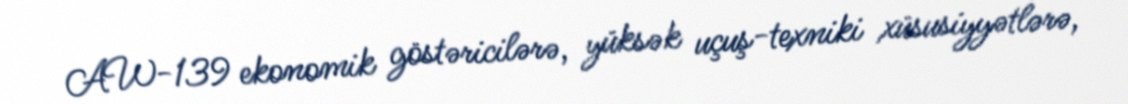
AW-139 ekonomik göstəricilərə, yüksək uçuş-texniki xüsusiyyətlərə,